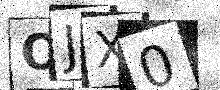
Text: OJX0